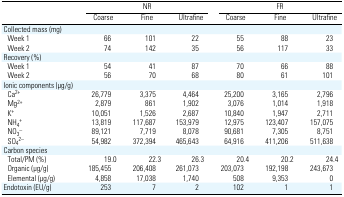
<table><thead><tr><td></td><td colspan="3"><b>NR</b></td><td colspan="3"><b>FR</b></td></tr><tr><td></td><td><b>Coarse</b></td><td><b>Fine</b></td><td><b>Ultrafine</b></td><td><b>Coarse</b></td><td><b>Fine</b></td><td><b>Ultrafine</b></td></tr></thead><tbody><tr><td colspan="7">Collected mass (mg)</td></tr><tr><td> Week 1</td><td>66</td><td>101</td><td>22</td><td>55</td><td>88</td><td>23</td></tr><tr><td> Week 2</td><td>74</td><td>142</td><td>35</td><td>56</td><td>117</td><td>33</td></tr><tr><td colspan="7">Recovery (%)</td></tr><tr><td> Week 1</td><td>54</td><td>41</td><td>87</td><td>70</td><td>66</td><td>88</td></tr><tr><td> Week 2</td><td>56</td><td>70</td><td>68</td><td>80</td><td>61</td><td>101</td></tr><tr><td colspan="7">Ionic components (μg/g)</td></tr><tr><td> Ca<sup>2+</sup></td><td>26,779</td><td>3,375</td><td>4,464</td><td>25,200</td><td>3,165</td><td>2,796</td></tr><tr><td> Mg<sup>2+</sup></td><td>2,879</td><td>861</td><td>1,902</td><td>3,076</td><td>1,014</td><td>1,918</td></tr><tr><td> K<sup>+</sup></td><td>10,051</td><td>1,526</td><td>2,687</td><td>10,840</td><td>1,947</td><td>2,711</td></tr><tr><td> NH<sub>4</sub><sup>+</sup></td><td>13,819</td><td>117,687</td><td>153,979</td><td>12,975</td><td>123,407</td><td>157,075</td></tr><tr><td> NO<sub>3</sub><sup>−</sup></td><td>89,121</td><td>7,719</td><td>8,078</td><td>90,681</td><td>7,305</td><td>8,751</td></tr><tr><td> SO<sub>4</sub><sup>2−</sup></td><td>54,982</td><td>372,394</td><td>465,643</td><td>64,916</td><td>411,206</td><td>511,638</td></tr><tr><td colspan="7">Carbon species</td></tr><tr><td> Total/PM (%)</td><td>19.0</td><td>22.3</td><td>26.3</td><td>20.4</td><td>20.2</td><td>24.4</td></tr><tr><td> Organic (μg/g)</td><td>185,455</td><td>206,408</td><td>261,073</td><td>203,073</td><td>192,198</td><td>243,673</td></tr><tr><td> Elemental (μg/g)</td><td>4,858</td><td>17,038</td><td>1,740</td><td>508</td><td>9,353</td><td>0</td></tr><tr><td>Endotoxin (EU/g)</td><td>253</td><td>7</td><td>2</td><td>102</td><td>1</td><td>1</td></tr></tbody></table>